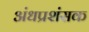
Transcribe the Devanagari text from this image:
अंधप्रशंसक